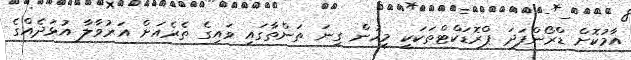
އާމުކޮށް ޑްރޯންފަދަ ޕްރޮޑަކްޓްތަކަކީ މީހުން ގިނަ ތަންތާގައި ވައިގެ ތެރެއަށް އަރުވާލާ އުޅަދެއްގެ